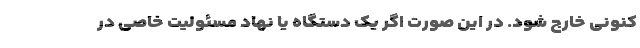
کنونی خارج شود. در این صورت اگر یک دستگاه یا نهاد مسئولیت خاصی در